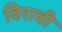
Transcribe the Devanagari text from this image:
विरावी